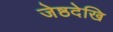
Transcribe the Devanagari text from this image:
जेष्ठदेखि